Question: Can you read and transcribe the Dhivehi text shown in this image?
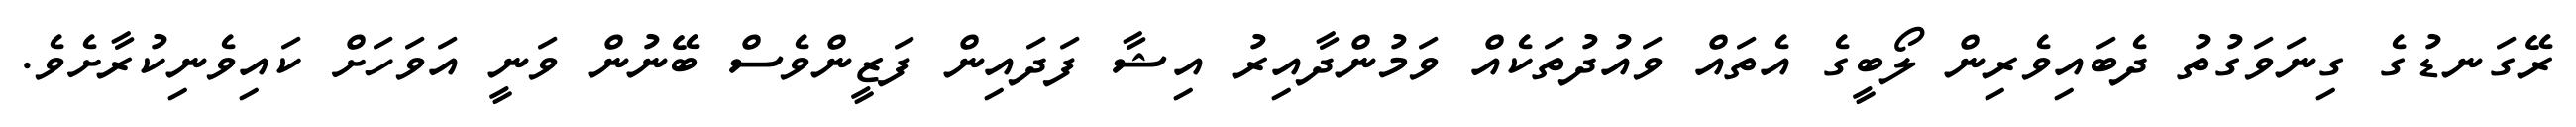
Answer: ރޭގަނޑުގެ ގިނަވަގުތު ދެބައިވެރިން ލޯބީގެ އެތައް ވައުދުތަކެއް ވަމުންދާއިރު އިޝާ ފަދައިން ފަޒީންވެސް ބޭނުން ވަނީ އަވަހަށް ކައިވެނިކުރާށެވެ.